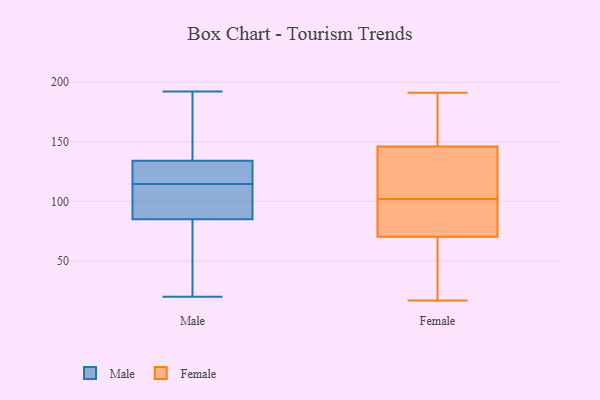
{"axis": {"x": "Operating Costs (USD K)", "y": "Value"}, "legend": ["Female", "Male"], "data": [{"x": "", "y": 88, "type": "Male"}, {"x": "", "y": 120, "type": "Male"}, {"x": "", "y": 114, "type": "Male"}, {"x": "", "y": 166, "type": "Male"}, {"x": "", "y": 134, "type": "Male"}, {"x": "", "y": 192, "type": "Male"}, {"x": "", "y": 115, "type": "Male"}, {"x": "", "y": 114, "type": "Male"}, {"x": "", "y": 184, "type": "Male"}, {"x": "", "y": 29, "type": "Male"}, {"x": "", "y": 125, "type": "Male"}, {"x": "", "y": 71, "type": "Male"}, {"x": "", "y": 85, "type": "Male"}, {"x": "", "y": 20, "type": "Male"}, {"x": "", "y": 75, "type": "Female"}, {"x": "", "y": 111, "type": "Female"}, {"x": "", "y": 33, "type": "Female"}, {"x": "", "y": 148, "type": "Female"}, {"x": "", "y": 191, "type": "Female"}, {"x": "", "y": 44, "type": "Female"}, {"x": "", "y": 130, "type": "Female"}, {"x": "", "y": 17, "type": "Female"}, {"x": "", "y": 169, "type": "Female"}, {"x": "", "y": 178, "type": "Female"}, {"x": "", "y": 69, "type": "Female"}, {"x": "", "y": 102, "type": "Female"}, {"x": "", "y": 81, "type": "Female"}, {"x": "", "y": 74, "type": "Female"}, {"x": "", "y": 140, "type": "Female"}]}